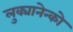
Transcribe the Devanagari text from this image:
लुक्यानेन्को